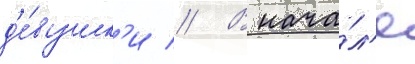
д'е́вушк'и // В нача́л'е